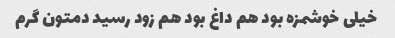
خیلی خوشمزه بود هم داغ بود هم زود رسید دمتون گرم